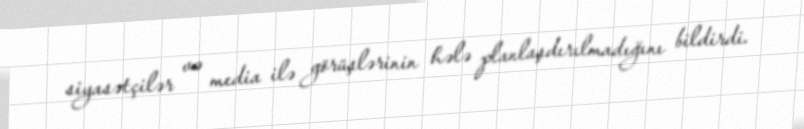
siyasətçilər və media ilə görüşlərinin hələ planlaşdırılmadığını bildirdi.